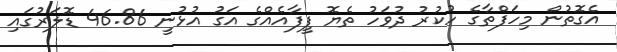
އެގޮތުން މިހަފްތާގެ ހުކުރު ދުވަހު ތެޔޮ ފީފާއެއްގެ އަގު އުޅުނީ 46.86 ޑޮލަރުގައި